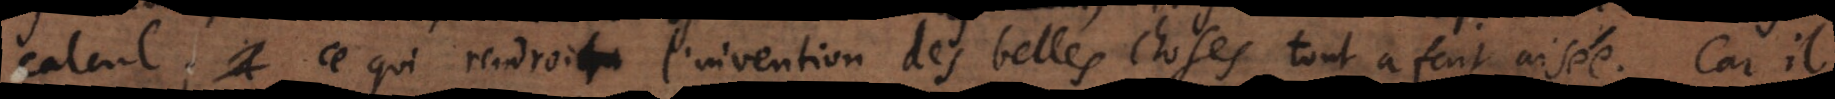
alcul; ce qui rendroit l’invention des belles choses tout a fait aisée. Car il